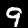
Label: 9